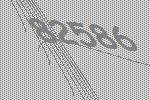
82586